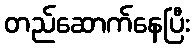
တည်ဆောက်နေပြီး